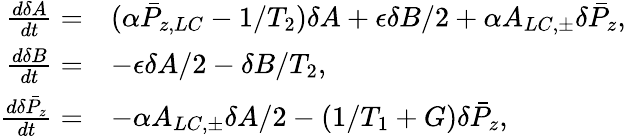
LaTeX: \begin{array}{rl}{\frac{d\delta A}{dt}=}&{(\alpha\bar{P}_{z,LC}-1/T_{2})\delta A+\epsilon\delta B/2+\alpha A_{LC,\pm}\delta\bar{P}_{z},}\\ {\frac{d\delta B}{dt}=}&{-\epsilon\delta A/2-\delta B/T_{2},}\\ {\frac{d\delta\bar{P}_{z}}{dt}=}&{-\alpha A_{LC,\pm}\delta A/2-(1/T_{1}+G)\delta\bar{P}_{z},}\end{array}